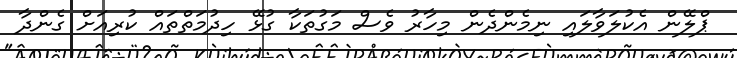
ޕްލޭން އެކުލަވާލައި ނިމެންދެން މިހާރު ވެސް މަގުތަކާ ގުޅޭ ހިދުމަތްތައް ކުރިއަށް ގެންދާ